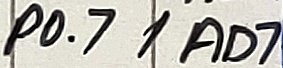
Text: P0.7/AD7